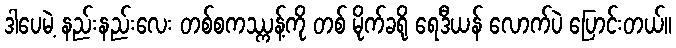
ဒါပေမဲ့ နည်းနည်းလေး တစ်စကဿ္ကန့်ကို တစ် မိုက်ခရို ရေဒီယန် လောက်ပဲ ပြောင်းတယ်။